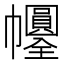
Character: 𢆀